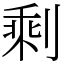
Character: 剩